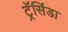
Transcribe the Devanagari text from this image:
ट्रॅसिंडा